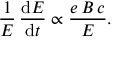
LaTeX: { \frac { 1 } { E } } \, { \frac { \mathrm { d } E } { \mathrm { d } t } } \propto { \frac { e \, B \, c } { E } } .